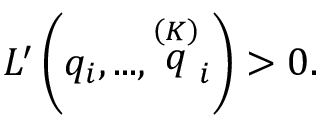
L ^ { \prime } \left( q _ { i } , . . . , \stackrel { \left( K \right) } { q } _ { i } \right) > 0 .